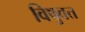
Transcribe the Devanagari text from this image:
विषुवत्त